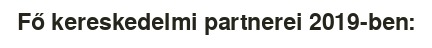
Fő kereskedelmi partnerei 2019-ben: